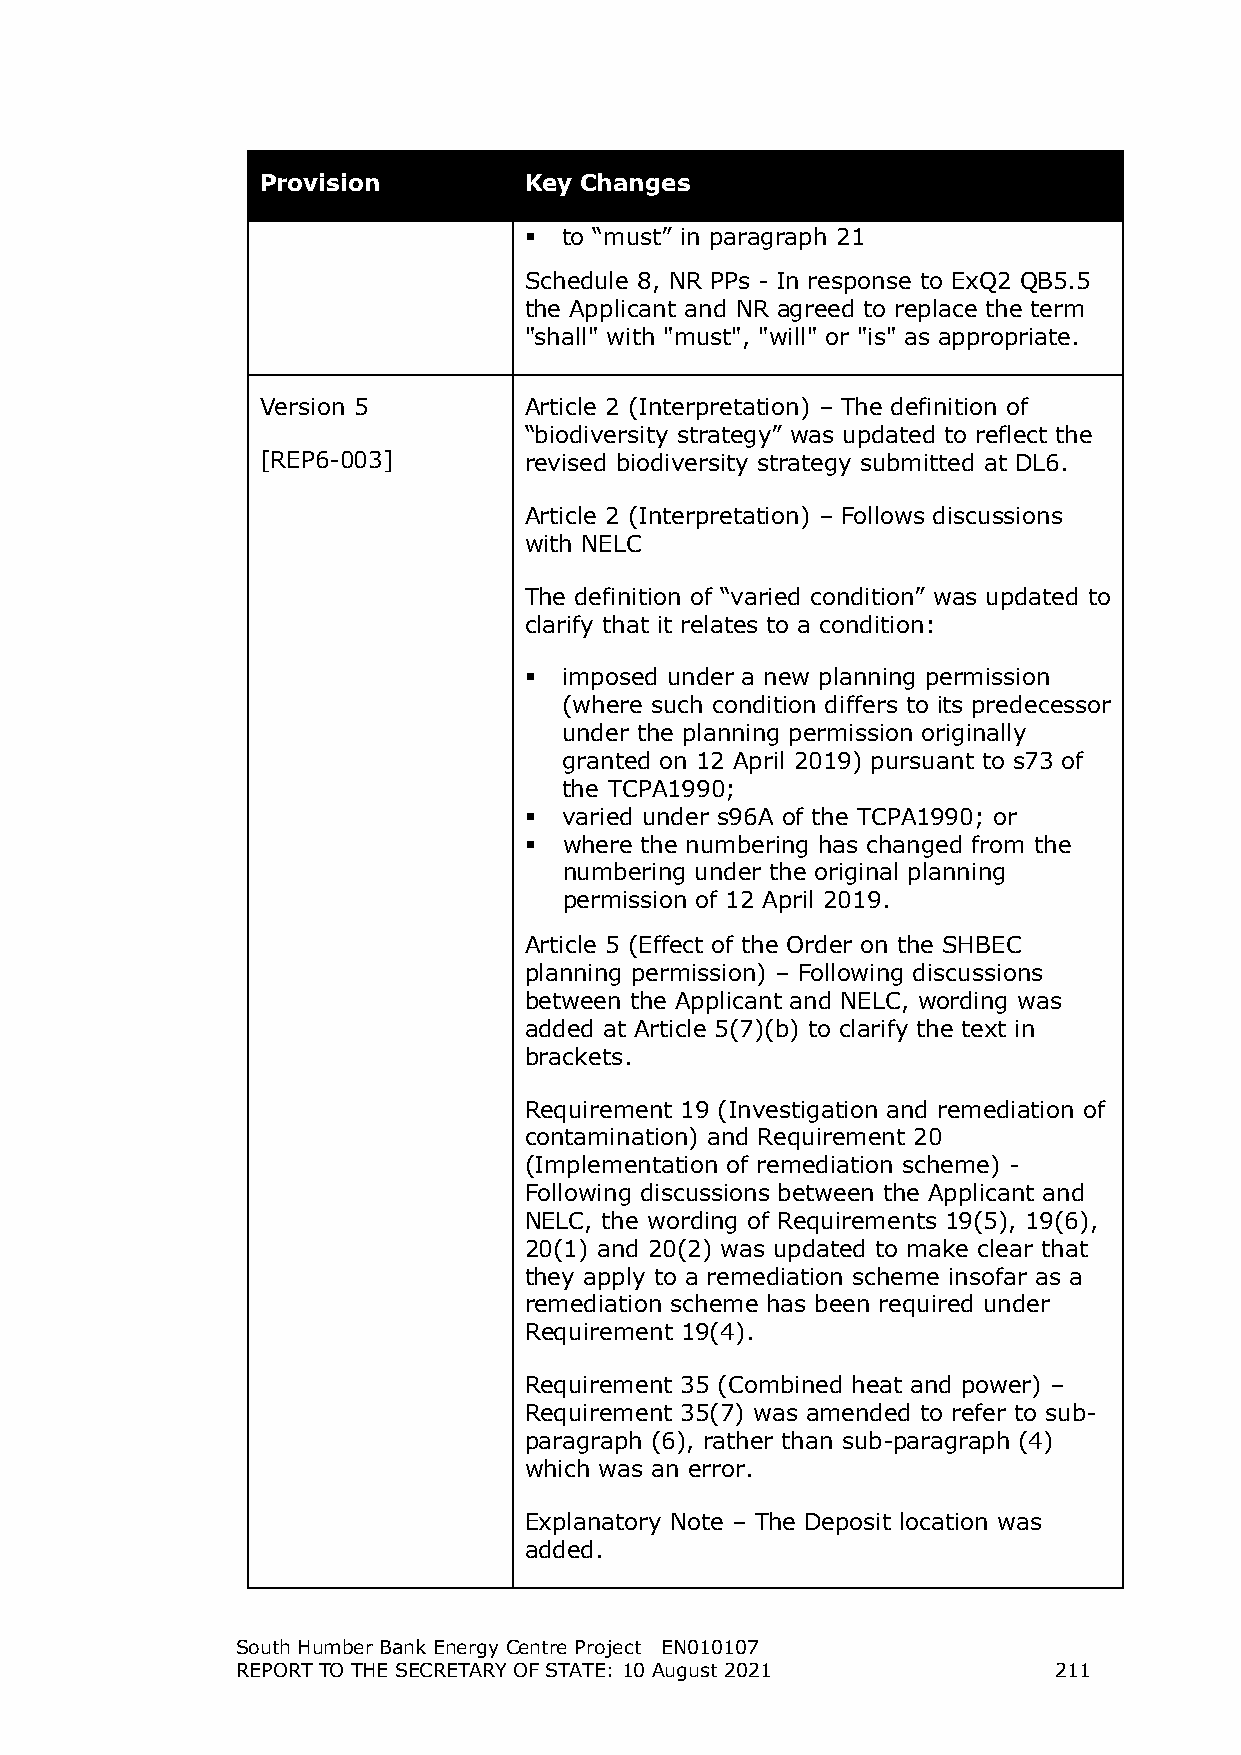
Provision         Key Changes
  to “must” in paragraph 21
 Schedule 8, NR PPs - In response to ExQ2 QB5.5
 the Applicant and NR agreed to replace the term
 "shall" with "must", "will" or "is" as appropriate.
 Version 5         Article 2 (Interpretation) – The definition of
 “biodiversity strategy” was updated to reflect the
 [REP6-003]        revised biodiversity strategy submitted at DL6.
 Article 2 (Interpretation) – Follows discussions
 with NELC
 The definition of “varied condition” was updated to
 clarify that it relates to a condition:
  imposed under a new planning permission
 (where such condition differs to its predecessor
 under the planning permission originally
 granted on 12 April 2019) pursuant to s73 of
 the TCPA1990;
  varied under s96A of the TCPA1990; or
  where the numbering has changed from the
 numbering under the original planning
 permission of 12 April 2019.
 Article 5 (Effect of the Order on the SHBEC
 planning permission) – Following discussions
 between the Applicant and NELC, wording was
 added at Article 5(7)(b) to clarify the text in
 brackets.
 Requirement 19 (Investigation and remediation of
 contamination) and Requirement 20
 (Implementation of remediation scheme) -
 Following discussions between the Applicant and
 NELC, the wording of Requirements 19(5), 19(6),
 20(1) and 20(2) was updated to make clear that
 they apply to a remediation scheme insofar as a
 remediation scheme has been required under
 Requirement 19(4).
 Requirement 35 (Combined heat and power) –
 Requirement 35(7) was amended to refer to sub-
 paragraph (6), rather than sub-paragraph (4)
 which was an error.
 Explanatory Note – The Deposit location was
 added.
 South Humber Bank Energy Centre Project EN010107
 REPORT TO THE SECRETARY OF STATE: 10 August 2021      211